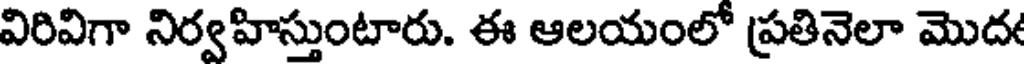
విరివిగా నిర్వహిస్తుంటారు. ఈ ఆలయంలో ప్రతినెలా మొద